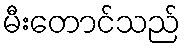
မီးတောင်သည်